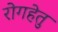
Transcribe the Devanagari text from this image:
रोगहेतु